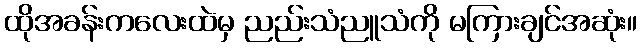
ထိုအခန်းကလေးထဲမှ ညည်းသံညူသံကို မကြားချင်အဆုံး။